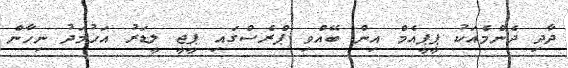
ދާދި ދެންމެއަކު ޕީޕީއެމް އިން ބޭއްވި ޕްރެސްގައި ޕީޖީ ލީޑަރު އަހުމަދު ނިހާން